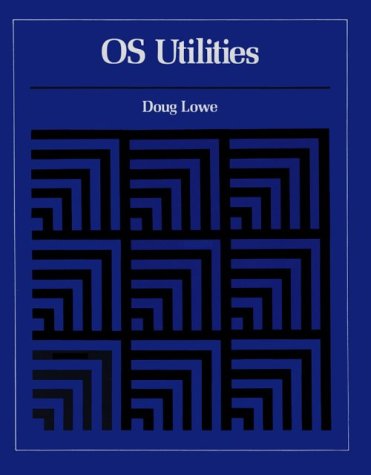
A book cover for OS Utilities; Doug Lowe; Computers & Technology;